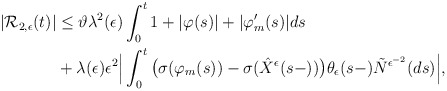
\begin{align*}\begin{aligned}|\mathcal{R}_{2,\epsilon}(t)|&\leq\vartheta\lambda^{2}(\epsilon)\int^{t}_{0}1+|\varphi(s)|+|\varphi'_m(s)|ds\\&+\lambda(\epsilon)\epsilon^{2}\Big|\int^{t}_{0}\big(\sigma(\varphi_{m}(s))-\sigma(\hat{X}^{\epsilon}(s-))\big)\theta_{\epsilon}(s-)\tilde{N}^{\epsilon^{-2}}(ds)\Big|,\end{aligned}\end{align*}